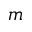
m